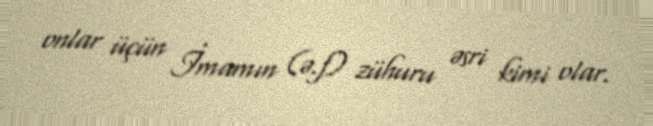
onlar üçün İmamın (ə.f) zühuru əsri kimi olar.